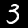
Digit: 3